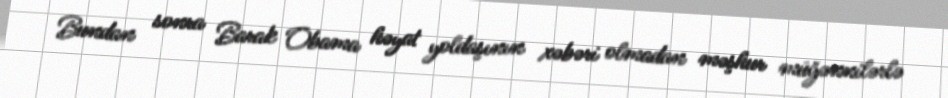
Bundan sonra Barak Obama həyat yoldaşının xəbəri olmadan məşhur müğənnilərlə